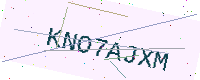
Text: KNO7AJXM